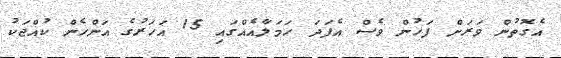
އެގޮތުން ވަރަށް ފަހުން ވެސް އެފަދަ ހަމަލާއެއްގައި 15 އަހަރުގެ އަންހެން ކުއްޖަކު